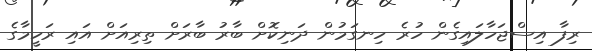
ރިފާ އިސްޖަހާލައިގެން ހުރެ ހިނގަމުން ދަނިކޮށް ބާރު ބާރަށް ތިރިއަށް އައި ރަހީމާގެ